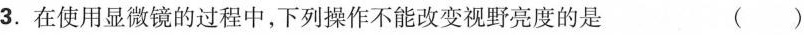
3.在使用显微镜的过程中，下列操作不能改变视野亮度的是 ()